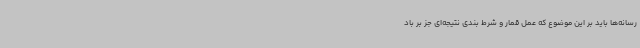
رسانه‌ها باید بر این موضوع که عمل قمار و شرط بندی نتیجه‌ای جز بر باد